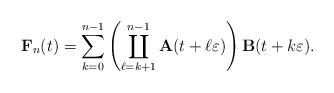
LaTeX: \begin{align*}\mathbf{F}_n(t)=\sum_{k=0}^{n-1}\left(\coprod_{\ell=k+1}^{n-1}\mathbf{A}(t+\ell\varepsilon)\right)\mathbf{B}(t+k\varepsilon).\end{align*}